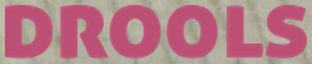
DROOLS